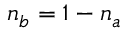
n _ { b } = 1 - n _ { a }